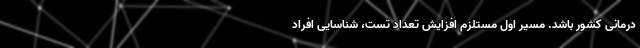
درمانی کشور باشد. مسیر اول مستلزم افزایش تعداد تست، شناسایی افراد